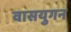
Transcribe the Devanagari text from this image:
वासयुगन